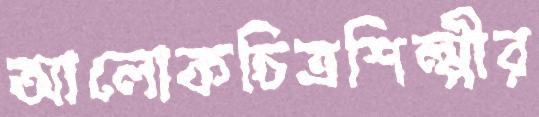
আলোকচিত্রশিল্পীর